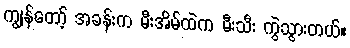
ကျွန်တော့် အခန်းက မီးအိမ်ထဲက မီးသီး ကွဲသွားတယ်။